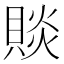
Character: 賧